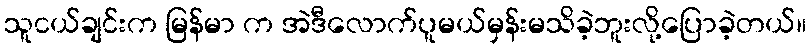
သူငယ်ချင်းက မြန်မာ က အဲဒီလောက်ပူမယ်မှန်းမသိခဲ့ဘူးလို့ပြောခဲ့တယ်။